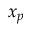
x _ { p }